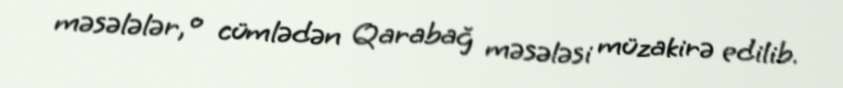
məsələlər, o cümlədən Qarabağ məsələsi müzakirə edilib.